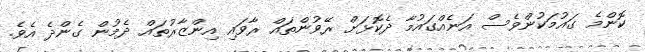
ކޮންމެ ގައުމަކުންވެސް އަނެއްގައުމާ ދެކޮޅަށް ރޭވުންތައް ރާވައި އިންޒާރުތައް ދެމުން ގެންދެ އެވެ.